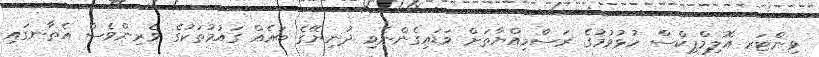
ވިންޓަރ އޮލިމްޕިކްސް ހުޅުވުމުގެ ރަސްމިއްޔާތަށް ވަޑައިގެންނެވި ދުނިޔޭގެ ބައެއް ގައުމުތަކުގެ ވެރިންވެސް އެތާނގައި